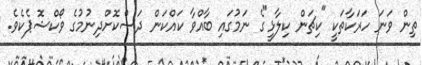
ތިން ވަނަ ހަރަކާތަކީ "ކިޗަން ކިލާޅީ"ގެ ނަމުގައި ބާއްވާ ކައްކަން ދަސްކޮށްދިނުމުގެ ވޯކްޝޮޕެކެވެ.